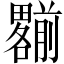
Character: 𠠩